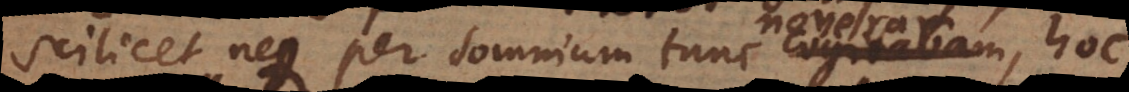
Scilicet neque per somnium tunc cogitabam,, hoc